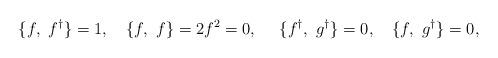
LaTeX: \begin{align*}\{f, \ f^{\dagger} \}=1,\ \ \ \{f, \ f \}=2f^2=0, \ \ \ \ \{f^{\dagger}, \ g^{\dagger} \}=0, \ \ \ \{ f, \ g^{\dagger} \}=0,\end{align*}